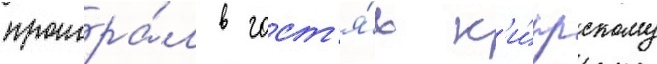
проигра́л в гост'я́х к'и́прскому